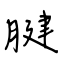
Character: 腱